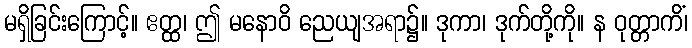
မရှိခြင်းကြောင့်။ ဧတ္ထ၊ ဤ မနောဝိ ညေယျအရာ၌။ ဒုကာ၊ ဒုက်တို့ကို။ န ဝုတ္တာကိံ၊